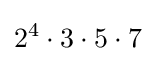
2^{4}\cdot 3\cdot 5\cdot 7